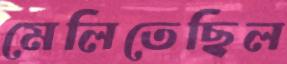
মেলিতেছিল